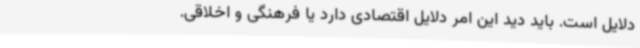
دلایل است. باید دید این امر دلایل اقتصادی دارد یا فرهنگی و اخلاقی.